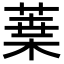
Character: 𦹁